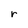
Character: r